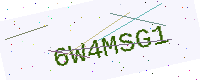
Text: 6W4MSG1